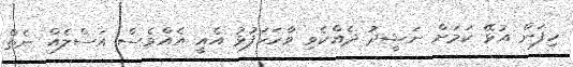
ހިފަން އުޅޭ ކަމަށް ނަޝީދު ދެއްކެވި ވާހަކަފުޅު އެއީ އެއްވެސް އަސްލެއް ނެތް